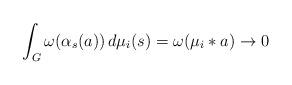
LaTeX: \begin{align*}\int_G \omega(\alpha_s(a))\,d\mu_i(s)=\omega(\mu_i*a)\to 0\end{align*}